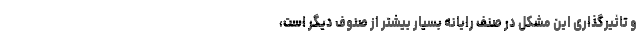
و تاثیرگذاری این مشکل در صنف رایانه بسیار بیشتر از صنوف دیگر است،